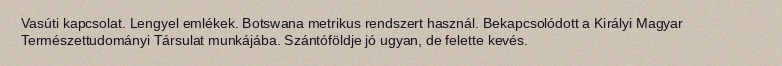
Vasúti kapcsolat. Lengyel emlékek. Botswana metrikus rendszert használ. Bekapcsolódott a Királyi Magyar Természettudományi Társulat munkájába. Szántóföldje jó ugyan, de felette kevés.